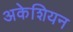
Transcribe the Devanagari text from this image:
अकेशियन